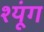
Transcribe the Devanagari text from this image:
श्यूंग